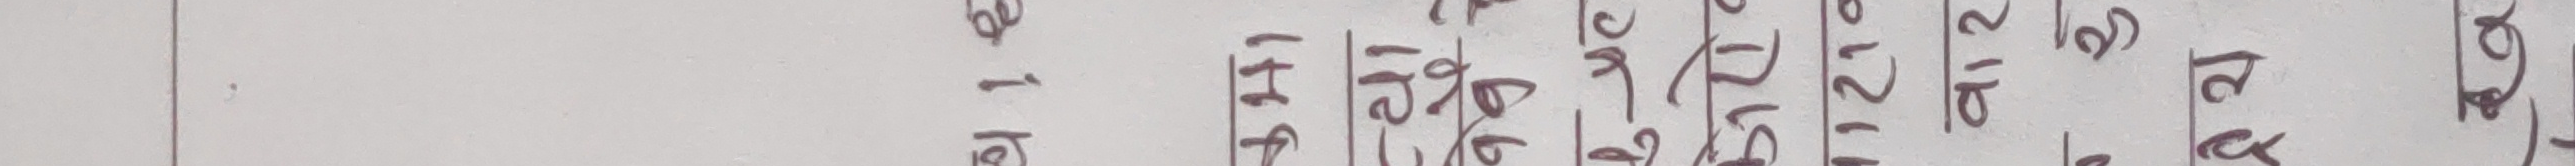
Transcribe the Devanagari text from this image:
बै १ अ
११५/ ९८/
९९/ १२/
१२/ १२/
२१/ १२/
लड्क